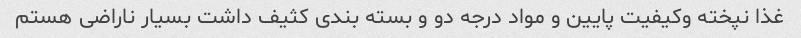
غذا نپخته و‌کیفیت پایین و مواد درجه دو و بسته بندی کثیف داشت بسیار ناراضی هستم